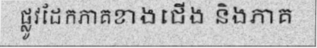
ផ្លូវដែកភាគខាងជើង និងភាគ